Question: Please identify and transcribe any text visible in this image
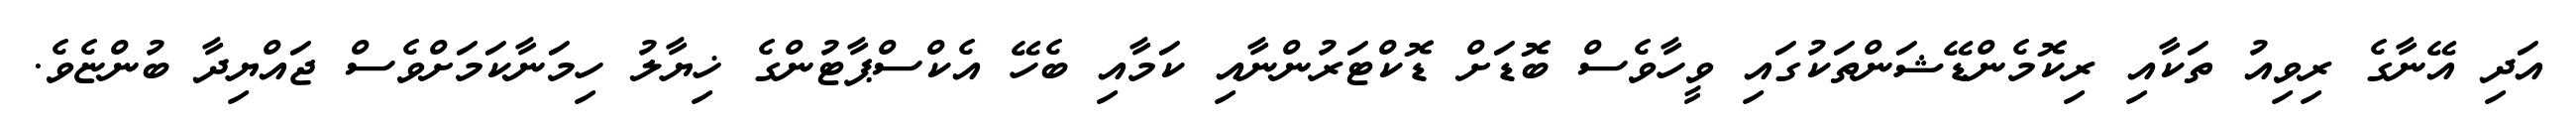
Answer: އަދި އޭނާގެ ރިވިއު ތަކާއި ރިކޮމެންޑޭޝަންތަކުގައި ވީހާވެސް ބޮޑަށް ޑޮކްޓަރުންނާއި ކަމާއި ބެހޭ އެކްސްޕާޓުންގެ ޚިޔާލު ހިމަނާކަމަށްވެސް ޖައްޔިދާ ބުންޏެވެ.